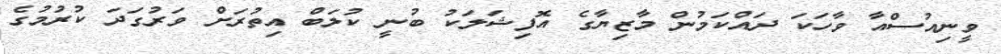
ވީނިއުސްއާ ވާހަކަ ދައްކަމުން މާޒިޔާގެ އޮފިޝަލަކު ބުނީ ކުލަބް އިތުރަށް ވަރުގަދަ ކުރުމުގެ